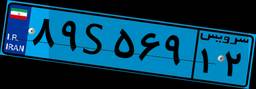
۴۸S۵۷۷۲۸